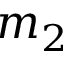
m _ { 2 }